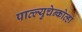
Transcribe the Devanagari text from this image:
पाव्ल्युचेन्कोव्हा